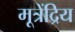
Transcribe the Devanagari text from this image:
मूत्रेंद्रिय